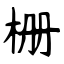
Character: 栅